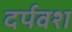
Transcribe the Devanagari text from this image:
दर्पवश